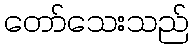
တော်သေးသည်